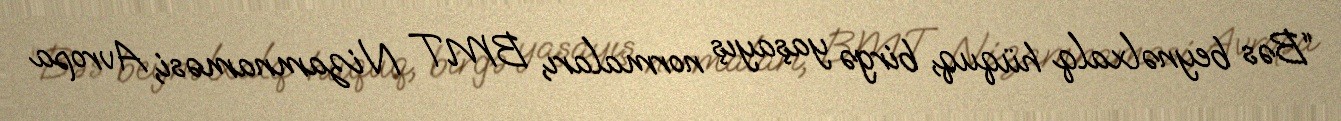
“Bəs beynəlxalq hüquq, birgə yaşayış normaları, BMT Nizamnaməsi, Avropa